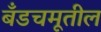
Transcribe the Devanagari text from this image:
बँडचमूतील